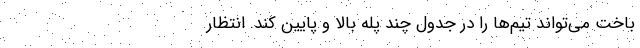
باخت می‌تواند تیم‌ها را در جدول چند پله بالا و پایین کند. انتظار